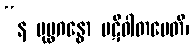
“န ပုပ္ဖဂန္ဓော ပဋိဝါတမေတိ၊